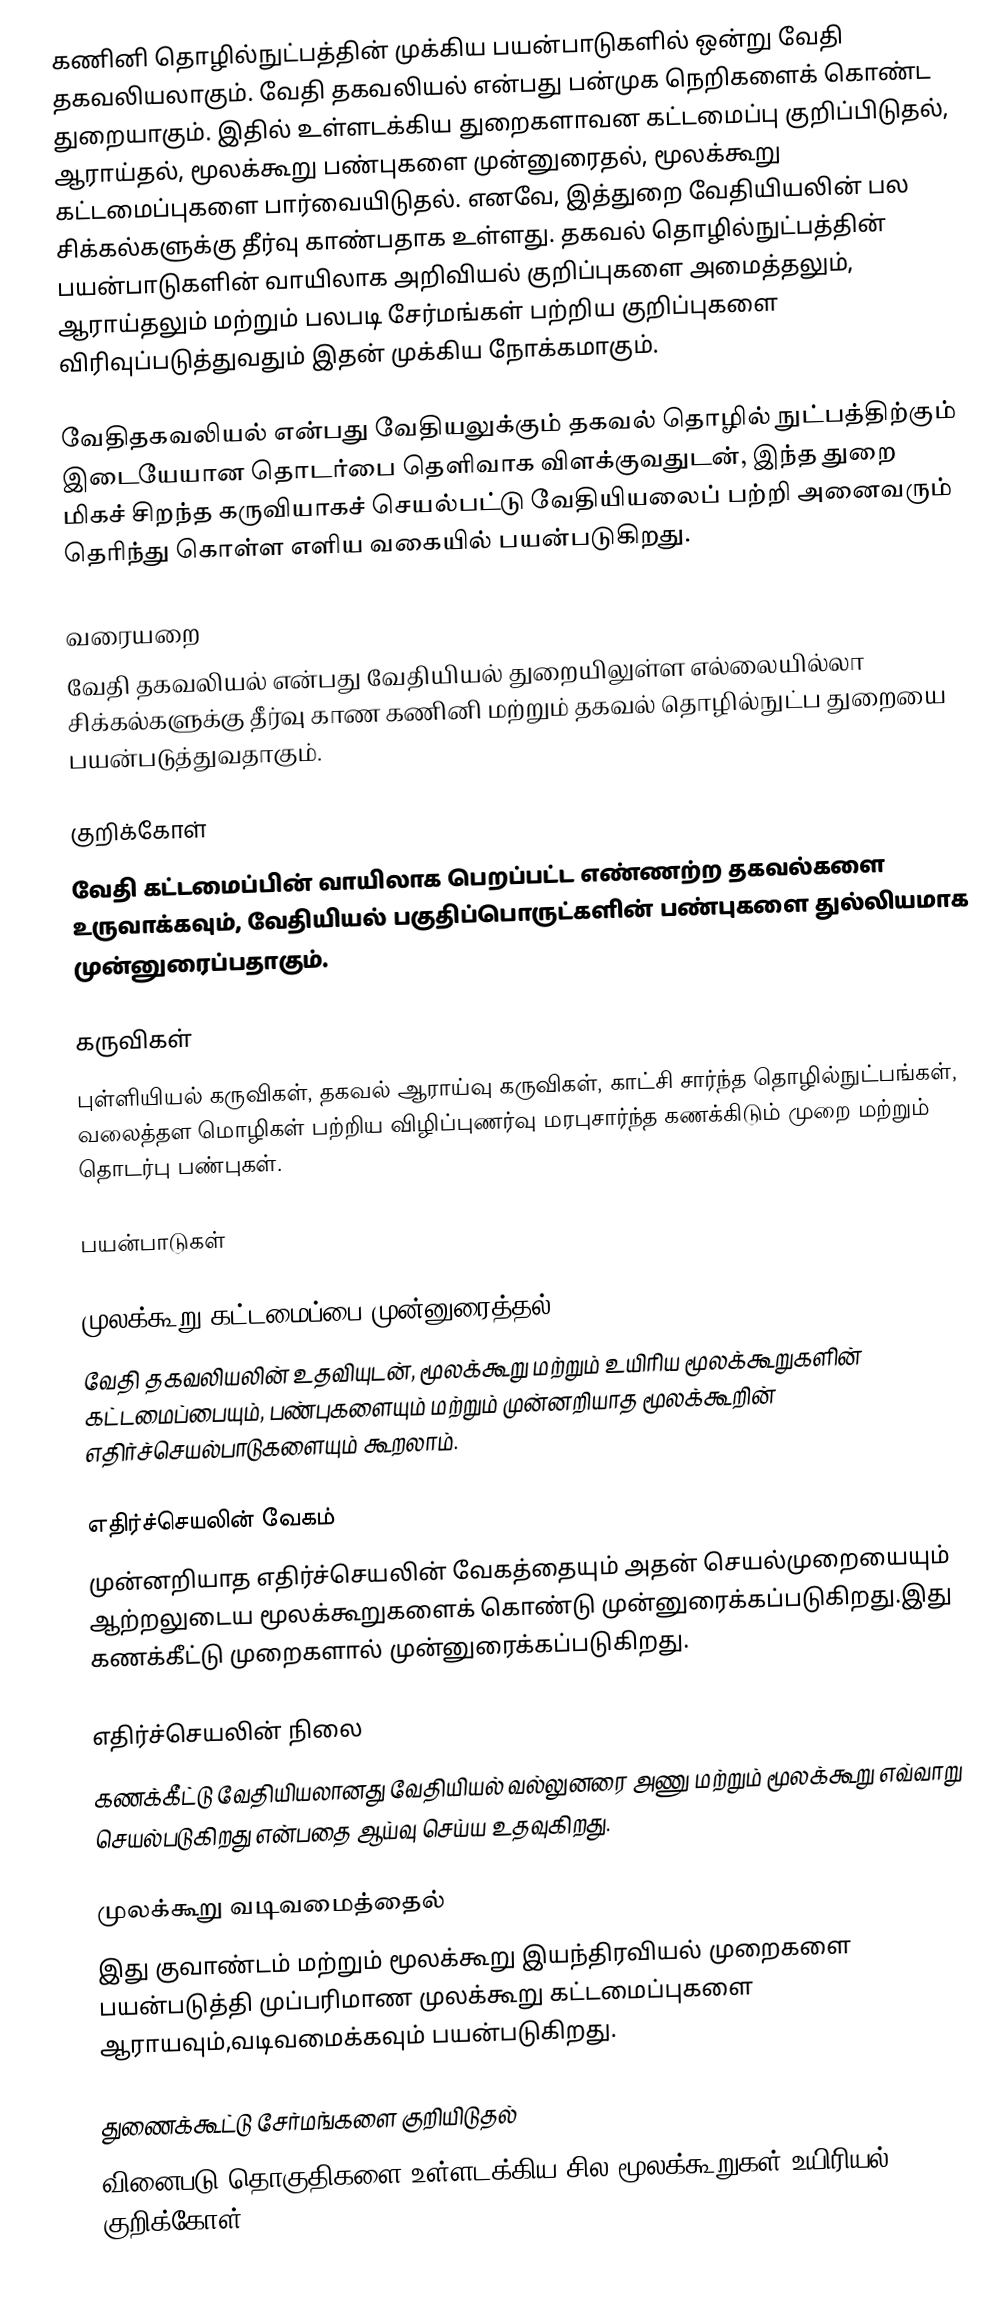
கணினி தொழில்நுட்பத்தின் முக்கிய பயன்பாடுகளில் ஒன்று வேதி தகவலியலாகும்.  வேதி தகவலியல் என்பது பன்முக நெறிகளைக் கொண்ட துறையாகும். இதில் உள்ளடக்கிய துறைகளாவன கட்டமைப்பு குறிப்பிடுதல், ஆராய்தல், மூலக்கூறு பண்புகளை முன்னுரைதல், மூலக்கூறு கட்டமைப்புகளை பார்வையிடுதல். எனவே, இத்துறை வேதியியலின் பல சிக்கல்களுக்கு தீர்வு காண்பதாக உள்ளது. தகவல் தொழில்நுட்பத்தின் பயன்பாடுகளின் வாயிலாக அறிவியல் குறிப்புகளை அமைத்தலும், ஆராய்தலும் மற்றும் பலபடி சேர்மங்கள் பற்றிய குறிப்புகளை விரிவுப்படுத்துவதும் இதன் முக்கிய நோக்கமாகும்.

வேதிதகவலியல் என்பது வேதியலுக்கும் தகவல் தொழில் நுட்பத்திற்கும் இடையேயான தொடர்பை தெளிவாக விளக்குவதுடன், இந்த துறை மிகச் சிறந்த கருவியாகச் செயல்பட்டு வேதியியலைப் பற்றி அனைவரும் தெரிந்து கொள்ள எளிய வகையில் பயன்படுகிறது.

வரையறை
வேதி தகவலியல் என்பது வேதியியல் துறையிலுள்ள எல்லையில்லா சிக்கல்களுக்கு தீர்வு காண கணினி மற்றும் தகவல் தொழில்நுட்ப துறையை பயன்படுத்துவதாகும்.

குறிக்கோள்
வேதி கட்டமைப்பின் வாயிலாக பெறப்பட்ட எண்ணற்ற தகவல்களை உருவாக்கவும், வேதியியல் பகுதிப்பொருட்களின் பண்புகளை துல்லியமாக முன்னுரைப்பதாகும்.

கருவிகள்
புள்ளியியல் கருவிகள், தகவல் ஆராய்வு கருவிகள், காட்சி சார்ந்த தொழில்நுட்பங்கள், வலைத்தள மொழிகள் பற்றிய விழிப்புணர்வு மரபுசார்ந்த கணக்கிடும் முறை மற்றும் தொடர்பு பண்புகள்.

பயன்பாடுகள்

முலக்கூறு கட்டமைப்பை முன்னுரைத்தல்
வேதி தகவலியலின் உதவியுடன், மூலக்கூறு மற்றும் உயிரிய மூலக்கூறுகளின் கட்டமைப்பையும், பண்புகளையும் மற்றும் முன்னறியாத மூலக்கூறின் எதிர்ச்செயல்பாடுகளையும் கூறலாம்.

எதிர்ச்செயலின் வேகம்
முன்னறியாத எதிர்ச்செயலின் வேகத்தையும் அதன் செயல்முறையையும் ஆற்றலுடைய மூலக்கூறுகளைக் கொண்டு முன்னுரைக்கப்படுகிறது.இது கணக்கீட்டு முறைகளால் முன்னுரைக்கப்படுகிறது.

எதிர்ச்செயலின் நிலை
கணக்கீட்டு வேதியியலானது வேதியியல் வல்லுனரை அணு மற்றும் மூலக்கூறு எவ்வாறு செயல்படுகிறது என்பதை ஆய்வு செய்ய உதவுகிறது.

முலக்கூறு வடிவமைத்தைல்
இது குவாண்டம் மற்றும் மூலக்கூறு இயந்திரவியல் முறைகளை பயன்படுத்தி முப்பரிமாண முலக்கூறு கட்டமைப்புகளை ஆராயவும்,வடிவமைக்கவும் பயன்படுகிறது.

துணைக்கூட்டு சேர்மங்களை குறியிடுதல்
வினைபடு தொகுதிகளை உள்ளடக்கிய சில மூலக்கூறுகள் உயிரியல் குறிக்கோள்